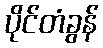
ပိုင်တံခွန်